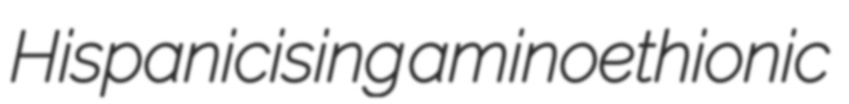
Hispanicising aminoethionic